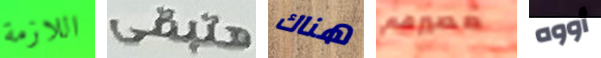
اللازمة هتبقى هناك مصيرهم أووه